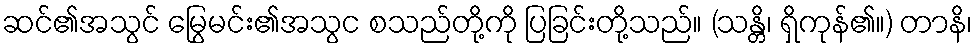
ဆင်၏အသွင် မြွေမင်း၏အသွင စသည်တို့ကို ပြခြင်းတို့သည်။ (သန္တိ၊ ရှိကုန်၏။) တာနိ၊